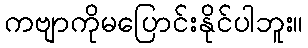
ကဗျာကိုမပြောင်းနိုင်ပါဘူး။